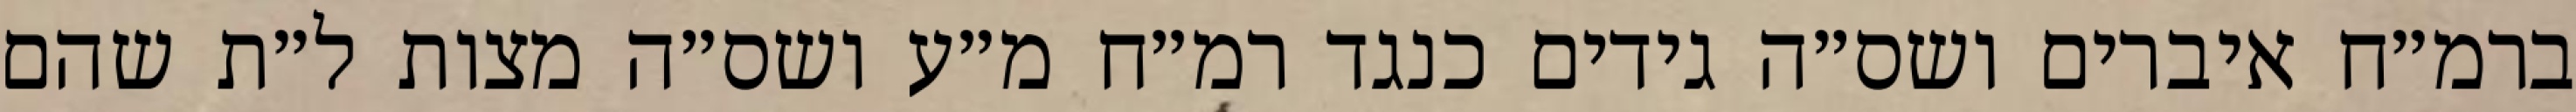
ברמ״ח איברים ושס״ה גידים כנגד רמ״ח מ״ע ושס״ה מצות ל״ת שהם